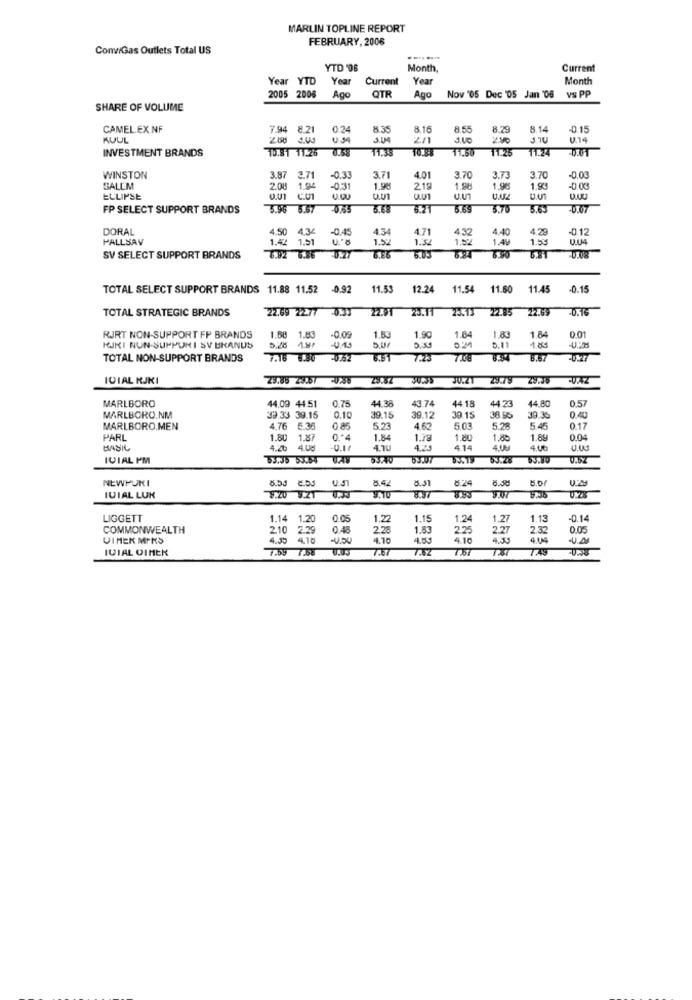
MARLIN TOPLINE REPORT
FEBRUARY, 2006
Com/Gas Outlets Total US
.-.....
YTD '06
Month,
Current
Year YTD
Year
Current
Year
Month
OTR
2005 2006
Ago
Ago
Nov '05 Dec 05 Jan '06
VS PP
SHARE OF VOLUME
CAMEL.EX.NF
7.94
8.21
024
8.35
8.16
8.55
8.29
8.14
-0.15
KUUL
2.60 4.03
USA
2/1
100
200
V.14
INVESTMENT BRANDS
10.81 11:26
11.38
11.50
WINSTON
3.87
2.71
-0.33
3.71
4.01
3.70
3.73
3.70
-0.03
SALEM
208
1.94
-0.31
1.98
219
1.98
1.98
1.83
-0.00
ECLIPSE
O.U1
0.00
ULUT
U.U1
U.UT
FP SELECT SUPPORT BRANDS
5.96 5.67
5.68
5.69
3.70
20.07
DORAL
4.50 4.34
4.34
-0.45
4.34
4.71
43
4.40
4.29
-0 12
FALLSAV
1.42 1.51
1.52
1.52
1.22
1.AV
1.50
SV SELECT SUPPORT BRANDS
6.92 6.86
TOTAL SELECT SUPPORT BRANDS 11.88 11.52
-0.92
11.53
12.24
11.54
11.60
11.45
-0.15
TOTAL STRATEGIC BRANDS
22.69 2277
23.13 22.85
2269
RJRT NON-SUPPORT FP BRANDS
1.88 1.83
1.83
-0.09
1.63
1.90
1.84
1.83
1.84
0.01
KJKI NUN-SUPPURI SY URANUS
5.28 AM
-U.15
5.11
189
TOTAL NON-SUPPORT BRANDS
7.16 6.30 0.52
6.91
7.23
7.08
ICIAL RJKI
JU.Z1
23.79
MARLBORO
44.09 44.51
0.75
44.38
44 23
44.80
0.57
43.74
44.18
MARLBORO.NM
33.33 39.15
0.10
19.15
39.12
30 15
38.95
39.36
MARLBORO.MEN
4.76
5.36
0.85
5.23
4.62
5.03
5.2
5.45
0.17
PARL
1.80
1.87
1.84
1.79
1.80
1.85
1.89
0.04
BASIL
4.20
4.0:
4.10
4.25
414
4.UU
4.00
U.W
IVIAL PM
53:40
V.SZ
NEWPOKI
8.42
8.51
6.24
8.58
5.20 9.ZT
8.05 .53
IUIAL LUK
8.37
9.35
LIGGETT
1.14 1.20
0.05
1.22
1.15
1.24
1.27
1.13
-0.14
COMMONWEALTH
210 2.29
0.4
2.26
1.83
225
2.27
2.32
0.05
VIMEK MIKS
4.18
4.10
4.53
4.10
4.35
4.04
IVIAL OINEK
7.69 7.58
7.AS